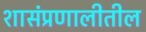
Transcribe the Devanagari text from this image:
शासंप्रणालीतील